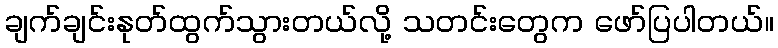
ချက်ချင်းနုတ်ထွက်သွားတယ်လို့ သတင်းတွေက ဖော်ပြပါတယ်။